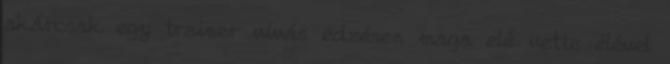
akárcsak egy trainer vívás edzésen maga elé vette élével